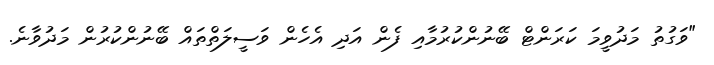
"ވަގުތު މަދުވީމަ ކަރަންޓް ބޭނުންކުރުމާއި ފެން އަދި އެހެން ވަސީލަތްތައް ބޭނުންކުރުން މަދުވާނެ.